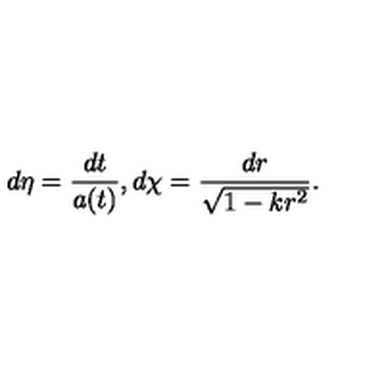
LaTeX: d \eta = { \frac { d t } { a ( t ) } } , d \chi = { \frac { d r } { \sqrt { 1 - k r ^ { 2 } } } } .